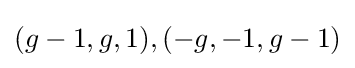
(g-1,g,1),(-g,-1,g-1)